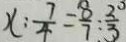
x : \frac { 7 } { 4 } = \frac { 8 } { 7 } : \frac { 2 } { 3 }